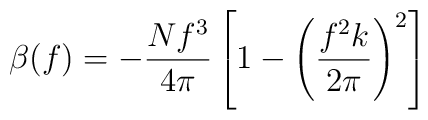
\beta(f)= -{Nf^{3}\over4\pi}\left[1-\left({{f^{2}k}\over{2\pi}}\right)^{2}\right]